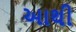
આથી